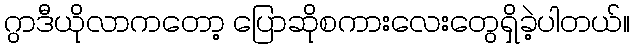
ဂွာဒီယိုလာကတော့ ပြောဆိုစကားလေးတွေရှိခဲ့ပါတယ်။